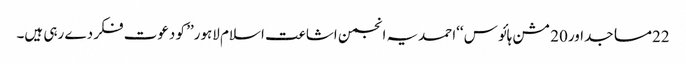
22مساجداور20 مشن ہائو س ‘‘احمدیہ انجمن اشاعت اسلام لاہور’’ کو دعوت فکر دے رہی ہیں۔